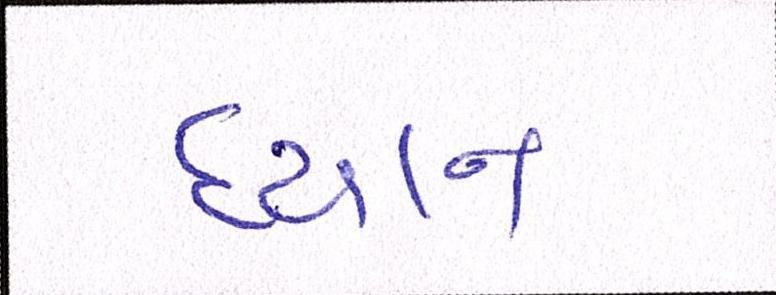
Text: ધ્યાન